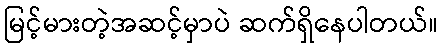
မြင့်မားတဲ့အဆင့်မှာပဲ ဆက်ရှိနေပါတယ်။